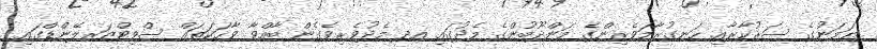
ޔަމަނުގެ ސަރުކާރާއި ހަނގުރާމަވެރިންގެ މަންދޫބުންގެ މެދުގައި އދ މެދުވެރިވެގެން ބާއްވާ ވާހަކަތައް ސްވިޓްޒަރލޭންޑްގައި